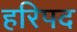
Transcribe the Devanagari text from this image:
हरिपद